Annual statistical returns and brief notes on vaccination in Bengal - 1896-1909
Year: 1896
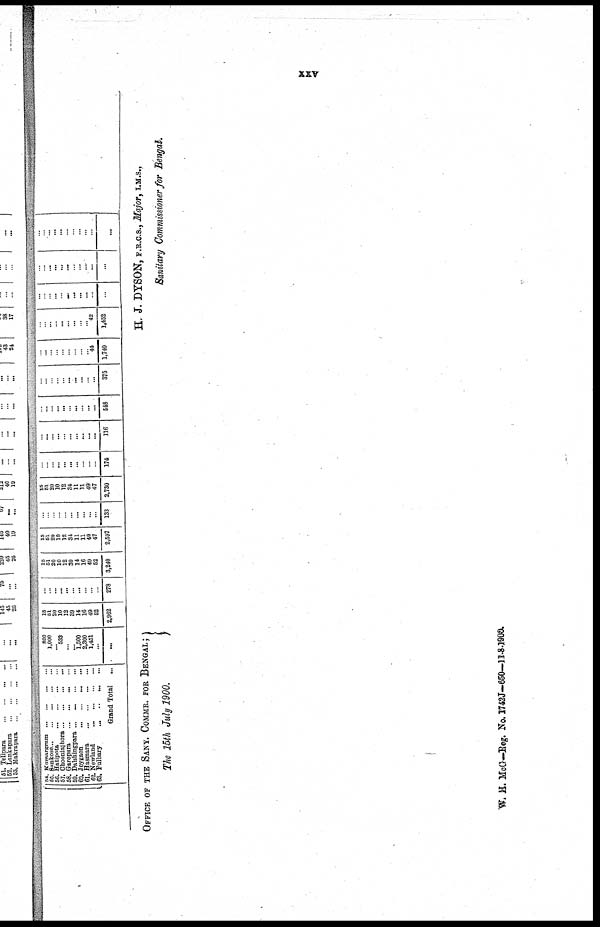
xxv
64. Kumargram ...
...
...
...
66. Sankose ... ... ... ... ...
56. Hatipota ... ... ... ...
57. Chooniajhora ... ... ... ...
58. Garopara ... ... ... ...
59. Dalshingpara ...
... ... ...
60. Joygaon ... ... ... ...
61. Hasmara
...
...
...
...
62. Newland
...
...
...
...
63. Fulbary
...
...
...
...
Grand Total
...
800
1,000
... 633
...
... 1,500
2,300
1,451
...
...
15
51
20
10
12
39
14
16
49
52
2,962
...
...
...
...
...
...
...
...
... ...
278
15
51
20
10
12
39
14
16
49
52
3,240
15
51
20
10
12
34
11
11
49
47
2,597
...
... ...
...
... ...
...
...
...
...
133
15
51
20
10
12
34
11
11
49
47
2,730
...
...
...
...
...
...
...
...
...
...
174
...
...
... ... ... ... ...
...
... ...
116
...
...
...
...
...
...
...
...
...
...
548
...
...
...
...
... ...
...
...
...
...
375
...
...
...
...
... ...
...
... ... 44
1,740
...
...
...
...
...
...
...
...
... 42
1,452
...
...
...
...
...
...
...
...
...
...
...
...
...
...
...
...
...
... ...
...
...
...
...
... ...
...
...
...
... ...
...
...
...
OFFICE OF THE SANY. COMMR. FOR BENGAL;
The 15th July 1900.
H. J. DYSON, F.R.C.S., Major, I.M.S.,
Sanitary Commissioner for Bengal.
W. H. McG-Reg. No. 1742J-650-11-8-1900.